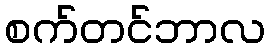
စက်တင်ဘာလ